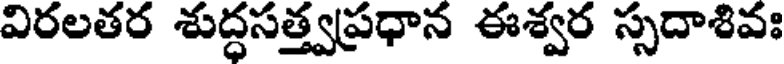
విరలతర శుద్ధసత్త్వప్రధాన ఈశ్వర స్సదాశివః